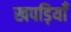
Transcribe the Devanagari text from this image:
खपड़ियाँ